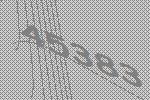
45383